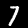
Label: 7